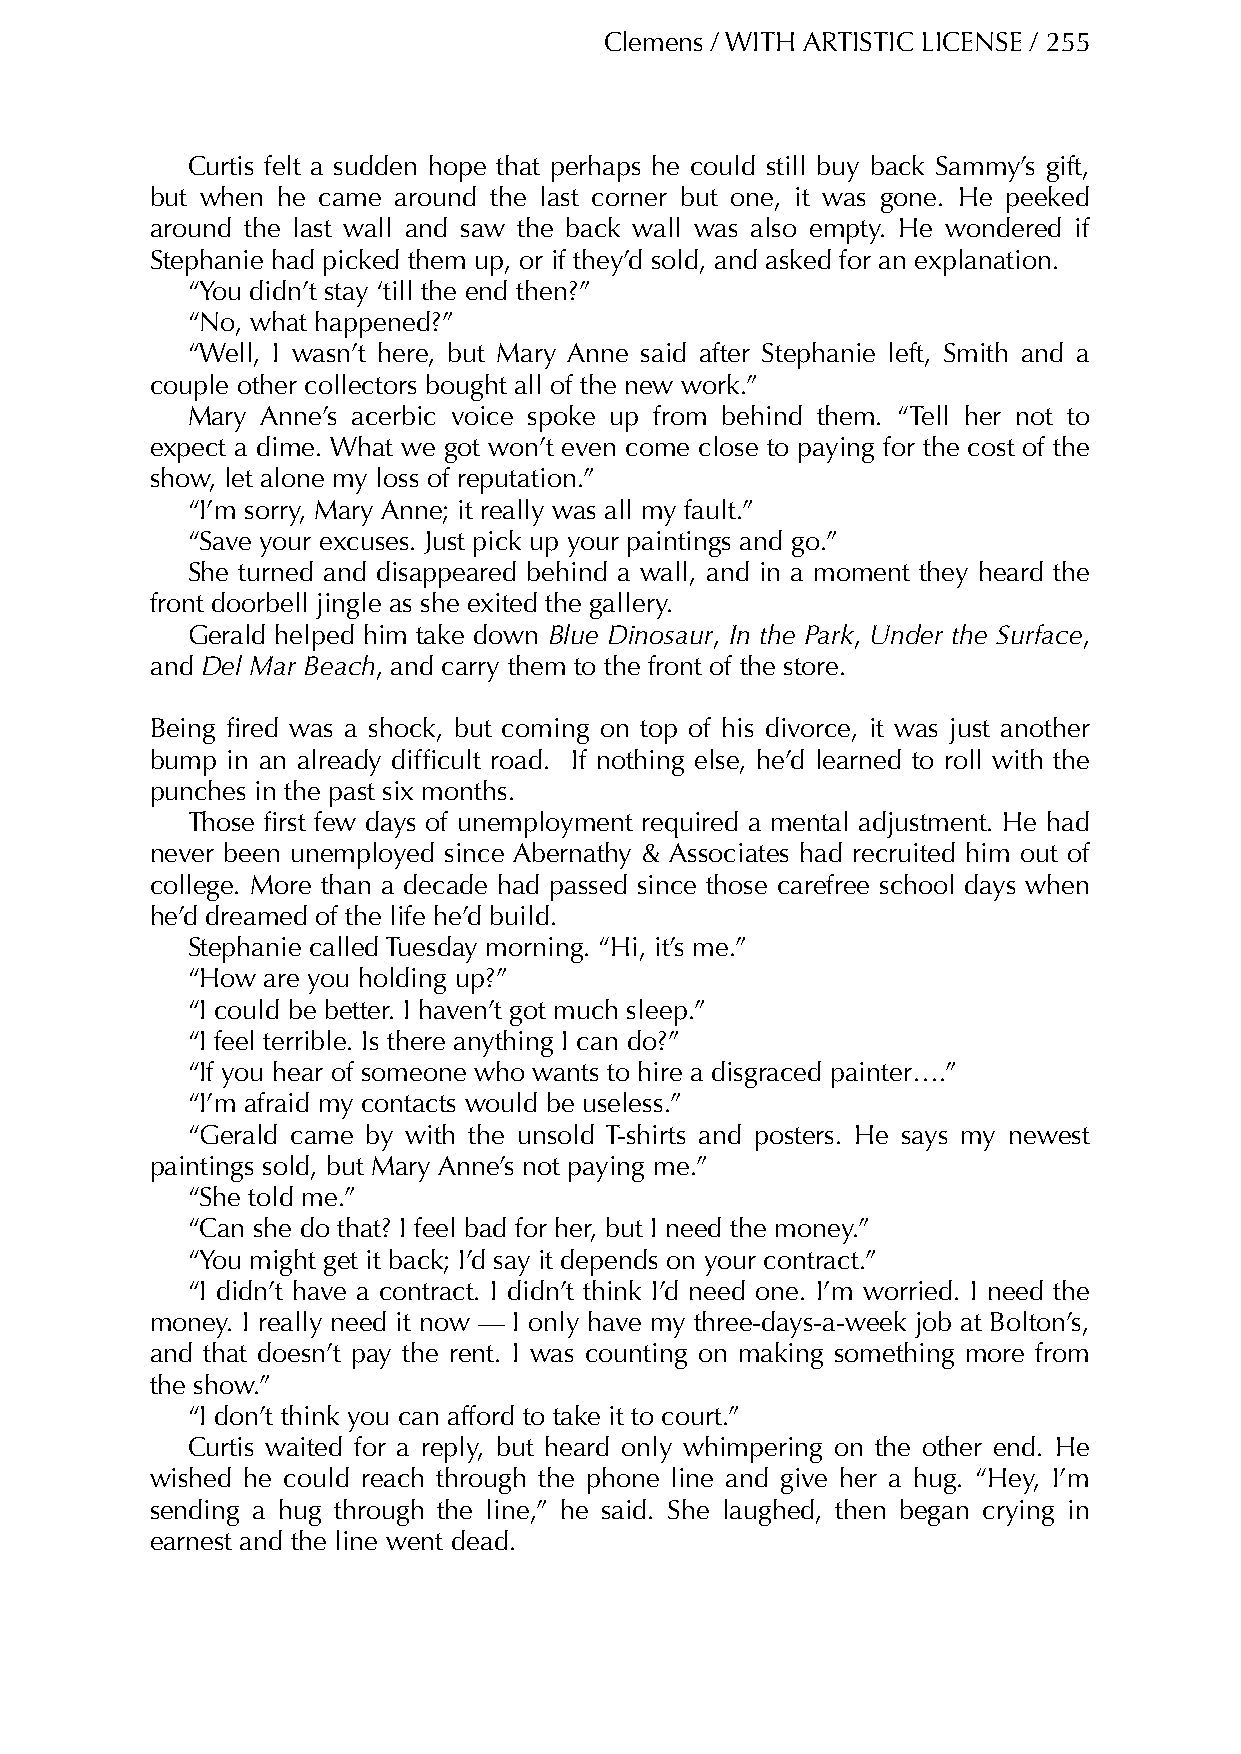
Clemens / WITH ARTISTIC LICENSE / 255
 Curtis felt a sudden hope that perhaps he could still buy back Sammy’s gift,
 but when he came around the last corner but one, it was gone. He peeked
 around the last wall and saw the back wall was also empty. He wondered if
 Stephanie had picked them up, or if they’d sold, and asked for an explanation.
 “You didn’t stay ‘till the end then?”
 “No, what happened?”
 “Well, I wasn’t here, but Mary Anne said after Stephanie left, Smith and a
 couple other collectors bought all of the new work.”
 Mary Anne’s acerbic voice spoke up from behind them. “Tell her not to
 expect a dime. What we got won’t even come close to paying for the cost of the
 show, let alone my loss of reputation.”
 “I’m sorry, Mary Anne; it really was all my fault.”
 “Save your excuses. Just pick up your paintings and go.”
 She turned and disappeared behind a wall, and in a moment they heard the
 front doorbell jingle as she exited the gallery.
 Gerald helped him take down Blue Dinosaur, In the Park, Under the Surface,
 and Del Mar Beach, and carry them to the front of the store.
 Being fired was a shock, but coming on top of his divorce, it was just another
 bump in an already difficult road. If nothing else, he’d learned to roll with the
 punches in the past six months.
 Those first few days of unemployment required a mental adjustment. He had
 never been unemployed since Abernathy & Associates had recruited him out of
 college. More than a decade had passed since those carefree school days when
 he’d dreamed of the life he’d build.
 Stephanie called Tuesday morning. “Hi, it’s me.”
 “How are you holding up?”
 “I could be better. I haven’t got much sleep.”
 “I feel terrible. Is there anything I can do?”
 “If you hear of someone who wants to hire a disgraced painter….”
 “I’m afraid my contacts would be useless.”
 “Gerald came by with the unsold T-shirts and posters. He says my newest
 paintings sold, but Mary Anne’s not paying me.”
 “She told me.”
 “Can she do that? I feel bad for her, but I need the money.”
 “You might get it back; I’d say it depends on your contract.”
 “I didn’t have a contract. I didn’t think I’d need one. I’m worried. I need the
 money. I really need it now — I only have my three-days-a-week job at Bolton’s,
 and that doesn’t pay the rent. I was counting on making something more from
 the show.”
 “I don’t think you can afford to take it to court.”
 Curtis waited for a reply, but heard only whimpering on the other end. He
 wished he could reach through the phone line and give her a hug. “Hey, I’m
 sending a hug through the line,” he said. She laughed, then began crying in
 earnest and the line went dead.